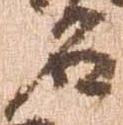
名